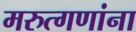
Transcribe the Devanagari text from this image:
मरुत्गणांना